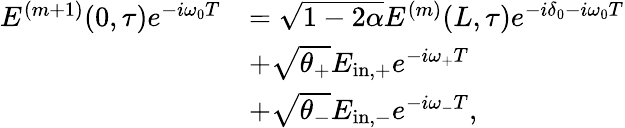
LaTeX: \begin{array}{rl}{E^{(m+1)}(0,\tau)e^{-i\omega_{0}T}}&{=\sqrt{1-2\alpha}E^{(m)}(L,\tau)e^{-i\delta_{0}-i\omega_{0}T}}\\ &{+\sqrt{\theta_{+}}E_{\mathrm{in,+}}e^{-i\omega_{+}T}}\\ &{+\sqrt{\theta_{-}}E_{\mathrm{in,-}}e^{-i\omega_{-}T},}\end{array}